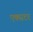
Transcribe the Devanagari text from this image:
एक्सटर